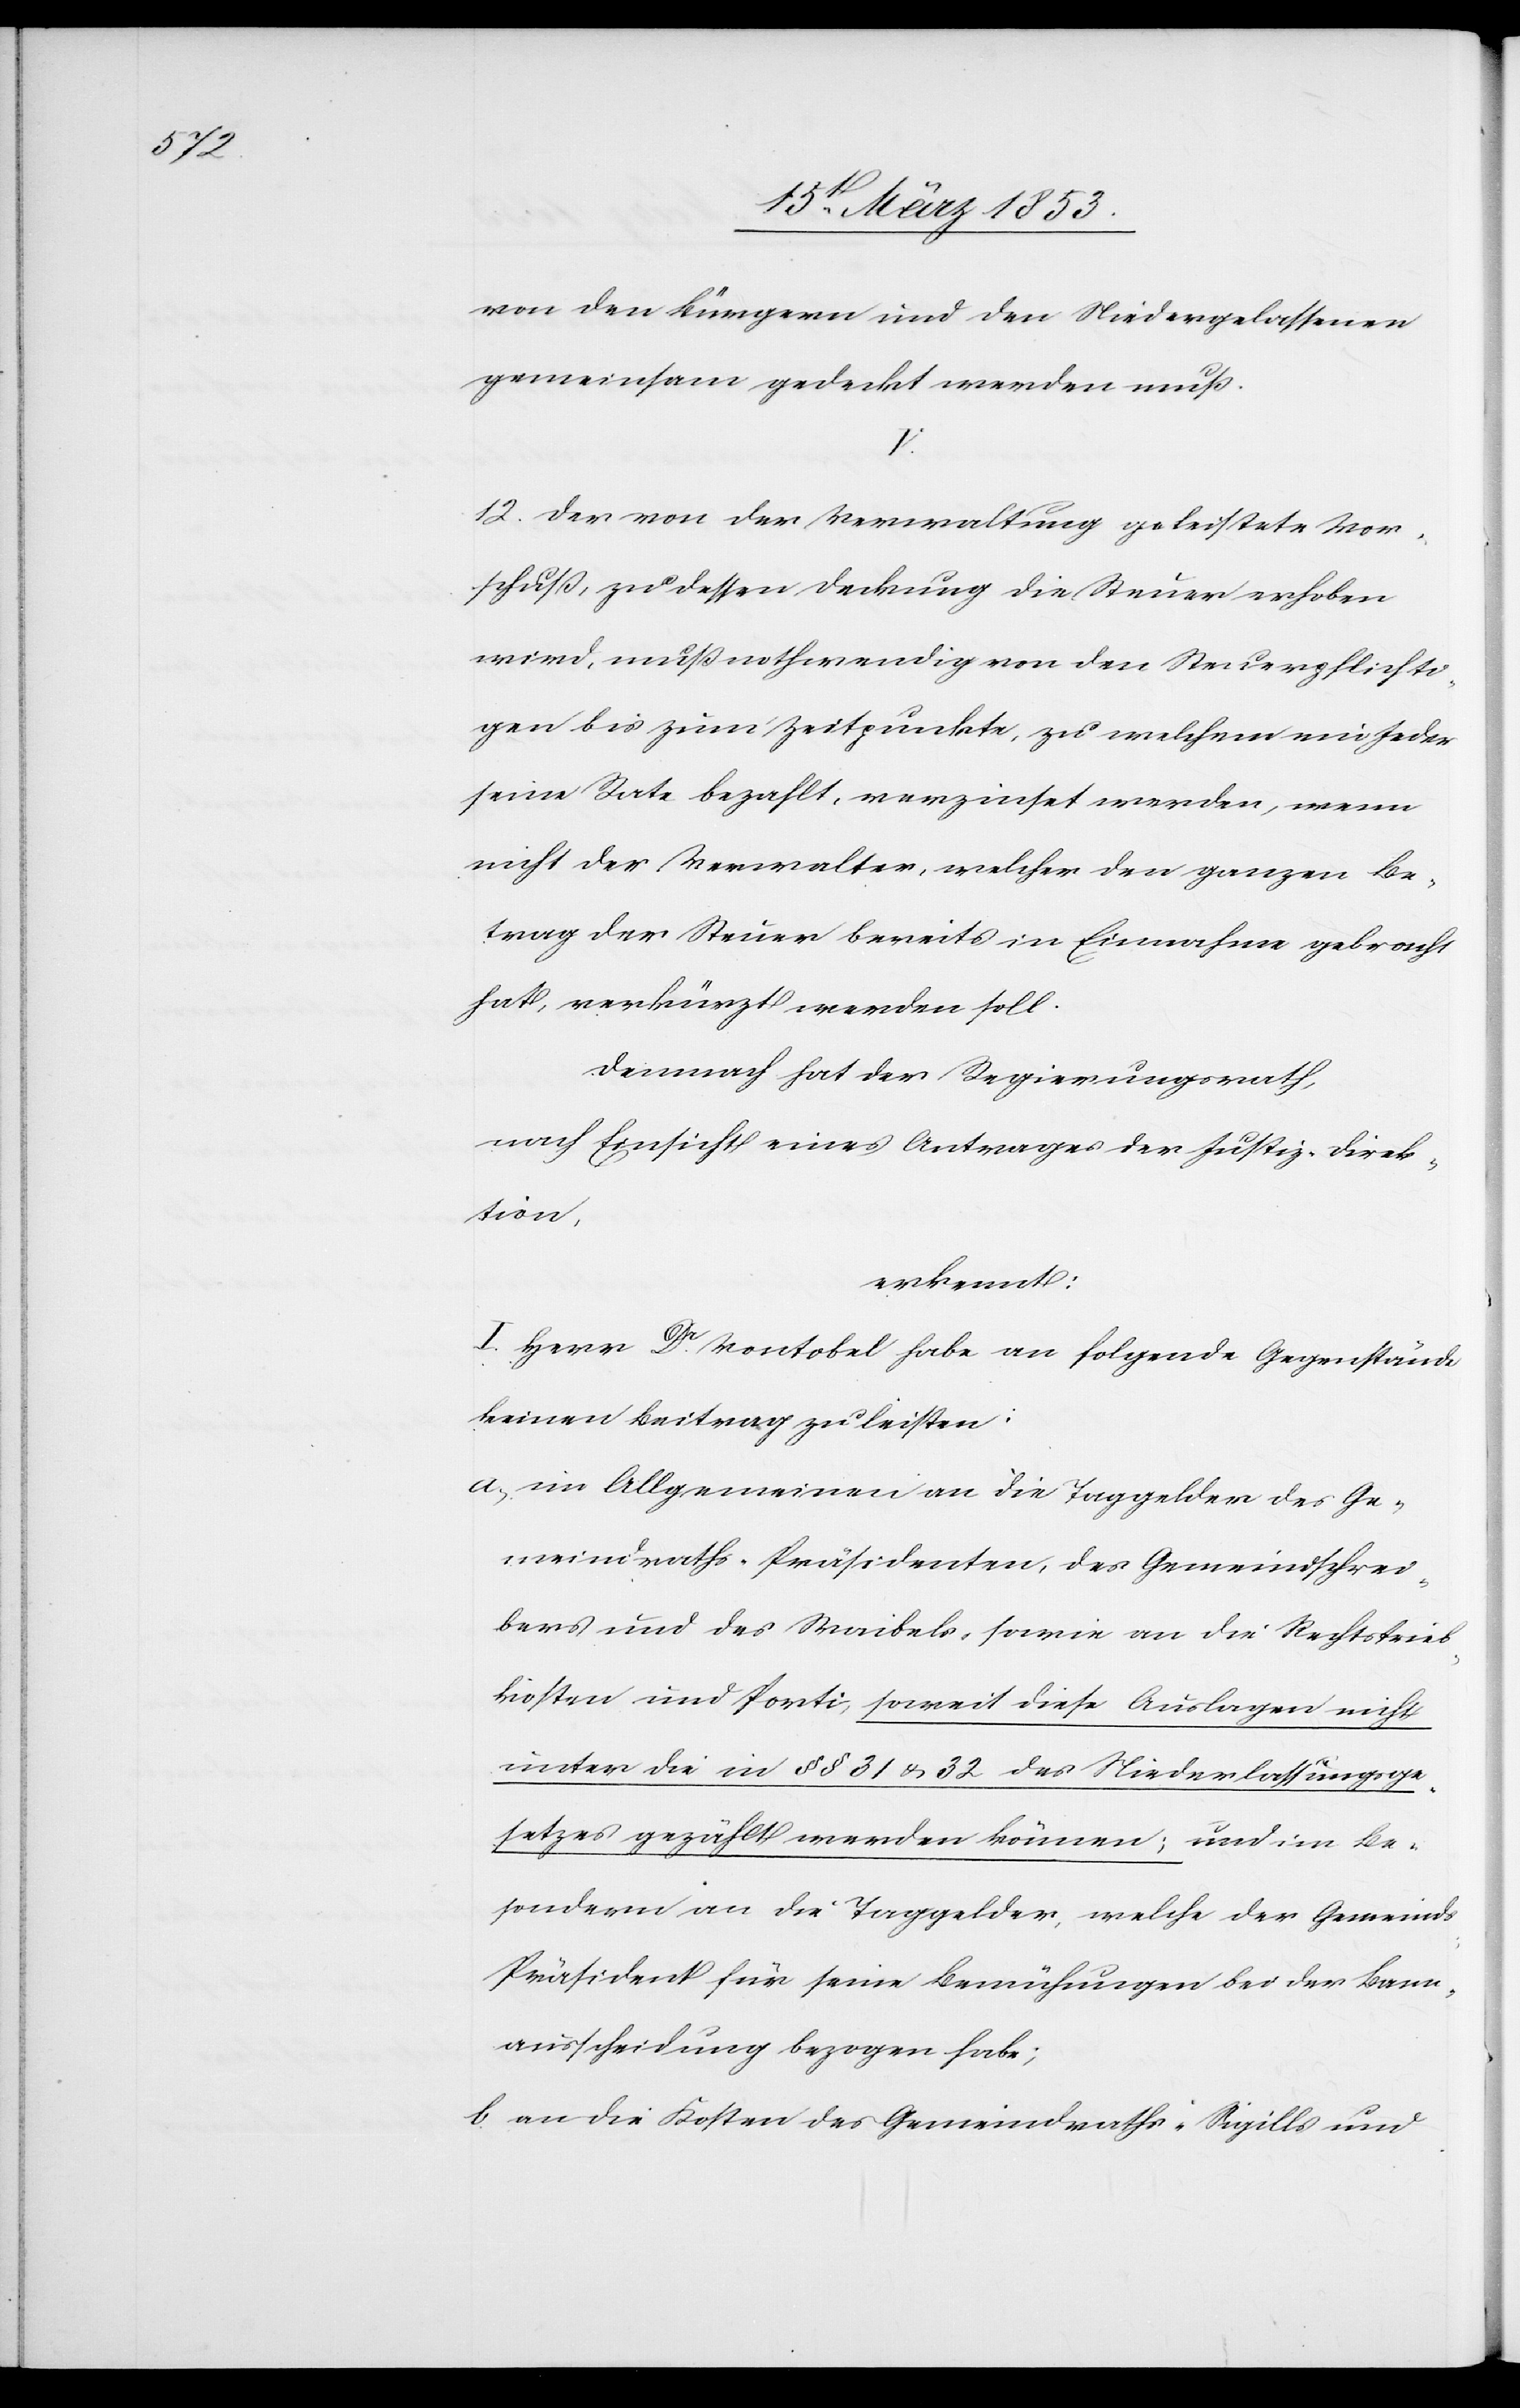
von den Bürgern und den Niedergelassenen
gemeinsam gedeckt werden muß.
V.
12) Der von der Verwaltung geleistete Vor¬
schuß, zu dessen Deckung die Steuer erhoben
wird, muß nothwendig von den Steuerpflichti¬
gen bis zum Zeitpunkte, zu welchem nicht Jeder
seine Rate bezahlt, verzinset werden, wenn
nicht der Verwalter, welcher den ganzen Be¬
trag der Steuer bereits in Einnahme gebracht
hat, verkürzt werden soll.
Demnach hat der Regierungsrath,
nach Einsicht eines Antrages der Justiz-Direk¬
tion,
erkennt:
I. Herr Dr. Vontobel habe an folgende Gegenstände
keinen Beitrag zu leisten:
a) im Allgemeinen an die Taggelder des Ge¬
meindraths-Präsidenten, des Gemeindsschrei¬
bers und des Waibels, sowie an die Rechtstrieb¬
kosten und Sporti, soweit diese Auslagen nicht
unter die in §§ 31 u. 32 des Niederlassungsge¬
setzes gezählt werden können; und im Be¬
sondern an die Taggelder, welche der Gemeind¬
s-Präsident für seine Berührungen bei der Bann¬
ausscheidung bezogen habe;
b) an die Kosten des Gemeindraths-Siqills und